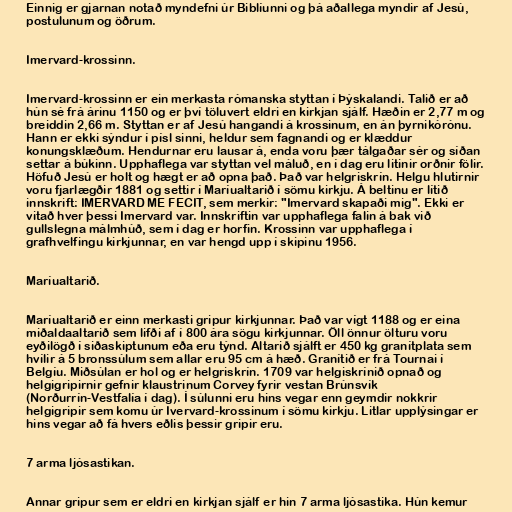
Einnig er gjarnan notað myndefni úr Biblíunni og þá aðallega myndir af Jesú,
postulunum og öðrum.

Imervard-krossinn.

Imervard-krossinn er ein merkasta rómanska styttan í Þýskalandi. Talið er að
hún sé frá árinu 1150 og er því töluvert eldri en kirkjan sjálf. Hæðin er 2,77 m og
breiddin 2,66 m. Styttan er af Jesú hangandi á krossinum, en án þyrnikórónu.
Hann er ekki sýndur í písl sinni, heldur sem fagnandi og er klæddur
konungsklæðum. Hendurnar eru lausar á, enda voru þær tálgaðar sér og síðan
settar á búkinn. Upphaflega var styttan vel máluð, en í dag eru litinir orðnir fölir.
Höfuð Jesú er holt og hægt er að opna það. Það var helgriskrín. Helgu hlutirnir
voru fjarlægðir 1881 og settir í Maríualtarið í sömu kirkju. Á beltinu er lítið
innskrift: IMERVARD ME FECIT, sem merkir: "Imervard skapaði mig". Ekki er
vitað hver þessi Imervard var. Innskriftin var upphaflega falin á bak við
gullslegna málmhúð, sem í dag er horfin. Krossinn var upphaflega í
grafhvelfingu kirkjunnar, en var hengd upp í skipinu 1956.

Maríualtarið.

Maríualtarið er einn merkasti gripur kirkjunnar. Það var vígt 1188 og er eina
miðaldaaltarið sem lifði af í 800 ára sögu kirkjunnar. Öll önnur ölturu voru
eyðilögð í siðaskiptunum eða eru týnd. Altarið sjálft er 450 kg granítplata sem
hvílir á 5 bronssúlum sem allar eru 95 cm á hæð. Granítið er frá Tournai í
Belgíu. Miðsúlan er hol og er helgriskrín. 1709 var helgiskrínið opnað og
helgigripirnir gefnir klaustrinum Corvey fyrir vestan Brúnsvík
(Norðurrín-Vestfalía í dag). Í súlunni eru hins vegar enn geymdir nokkrir
helgigripir sem komu úr Ivervard-krossinum í sömu kirkju. Litlar upplýsingar er
hins vegar að fá hvers eðlis þessir gripir eru.

7 arma ljósastikan.

Annar gripur sem er eldri en kirkjan sjálf er hin 7 arma ljósastika. Hún kemur